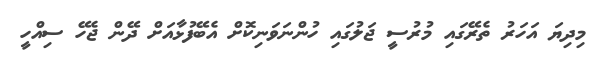
މިިދިޔަ އަހަރު ތެރޭގައި މުރުސީ ޖަލުގައި ހުންނަވަނިކޮށް އެބޭފުޅާއަށް ދޭން ޖެހޭ ސިއްހީ